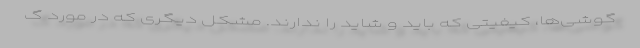
گوشی‌ها، کیفیتی که باید و شاید را ندارند. مشکل دیگری که در مورد گ